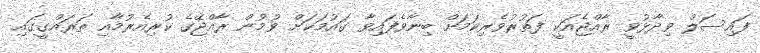
ފައިސަލް ވިދާޅުވީ ރާއްޖެއަކީ ފަތުރުވެރިކަމަށް ބިނާވެފައިވާ ގައުމަކަށް ވުމުން ރާއްޖޭގެ ކުރިއެރުމާއި ތަރައްގީގައި